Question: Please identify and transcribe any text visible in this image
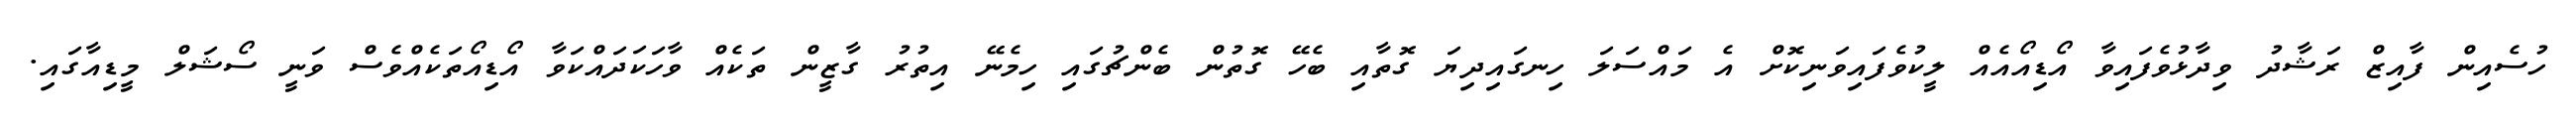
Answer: ހުސެއިން ފާއިޒް ރަޝާދު ވިދާޅުވެފައިވާ އޯޑިއޯއެއް ލީކުވެފައިވަނިކޮށް އެ މައްސަލަ ހިނގައިދިޔަ ގޮތާއި ބެހޭ ގޮތުން ބެންޗުގައި ހިމެނޭ އިތުރު ގާޒީން ތަކެއް ވާހަކަދައްކަވާ އޯޑިއޯތަކެއްވެސް ވަނީ ސޯޝަލް މީޑިއާގައި.